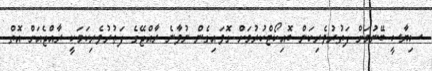
ސިޔާސީ ބޭނުމަށް ފަތުރުވެރިކަން ބޮއިކޯޓްކުރުމަށް ގޮވައިގެން ނުވާނެ ރާއްޖޭގެ ފަތުރުވެރިކަމަކީ ރާއްޖެއަށް އޮތް